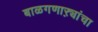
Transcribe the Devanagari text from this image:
बाळगणाऱ्यांचा